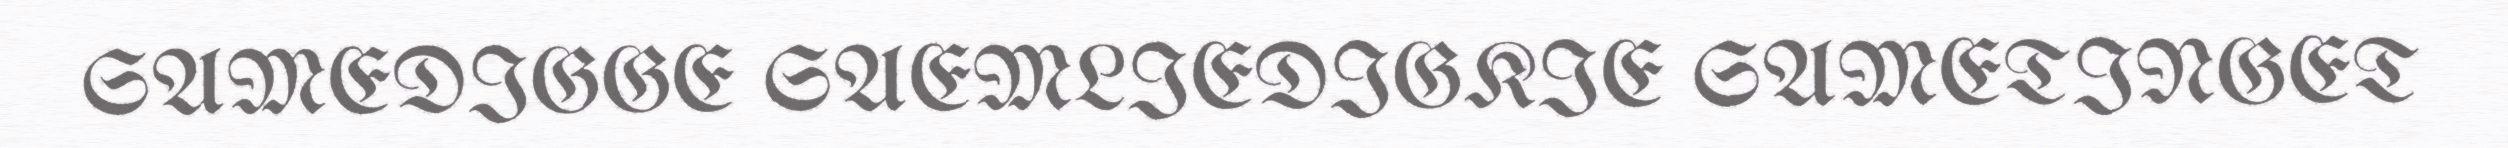
SAMEDIGGE SAEMLIEDIGKIE SAMETINGET